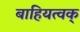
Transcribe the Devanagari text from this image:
बाहियत्वक्‌